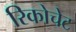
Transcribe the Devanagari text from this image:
रिकोचेट